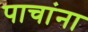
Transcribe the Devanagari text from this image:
पाचांना